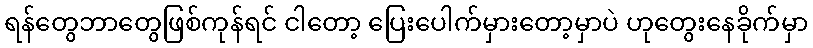
ရန်တွေဘာတွေဖြစ်ကုန်ရင် ငါတော့ ပြေးပေါက်မှားတော့မှာပဲ ဟုတွေးနေခိုက်မှာ